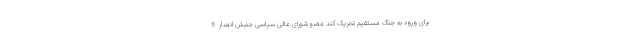
برای ورود به جنگ مستقیم تحریک کند عضو شورای عالی سیاسی جنبش انصارالله